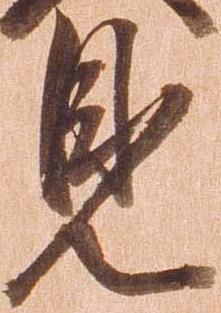
見